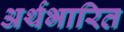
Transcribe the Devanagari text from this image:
अर्थभारित